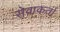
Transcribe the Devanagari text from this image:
सेवाकर्ता